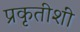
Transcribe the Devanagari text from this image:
प्रकृतीशीं